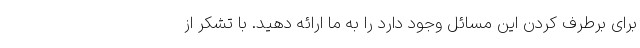
برای برطرف کردن این مسائل وجود دارد را به ما ارائه دهید. با تشکر از